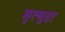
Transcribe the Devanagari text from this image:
मृत्युदा